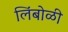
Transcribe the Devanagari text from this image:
लिंबोळी